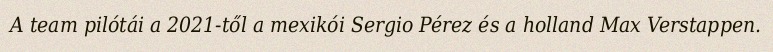
A team pilótái a 2021-től a mexikói Sergio Pérez és a holland Max Verstappen.